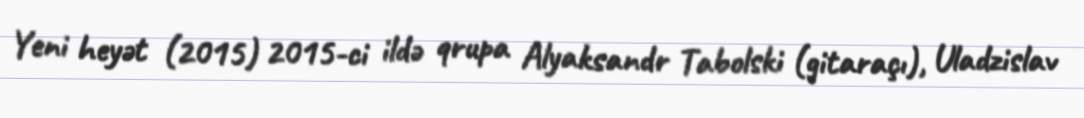
Yeni heyət (2015) 2015-ci ildə qrupa Alyaksandr Tabolski (gitaraçı), Uladzislav